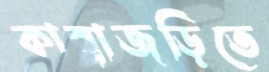
কান্নাজড়িতে